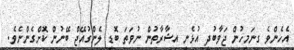
އެހެންވެ ގިނަމީހުން ޖަވާބުދީ އުޅެނީ އިޝާރާތުން ނުވަތަ ބޮޑީ ލެންގުއޭޖް ބޭނުން ކޮށްގެންނެވެ.